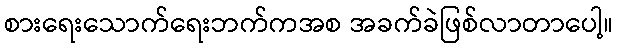
စားရေးသောက်ရေးဘက်ကအစ အခက်ခဲဖြစ်လာတာပေါ့။